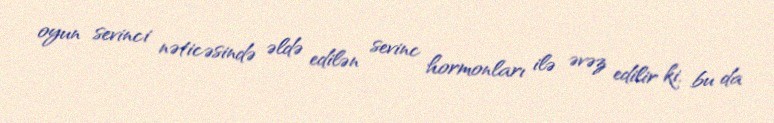
oyun sevinci nəticəsində əldə edilən sevinc hormonları ilə əvəz edilir ki, bu da